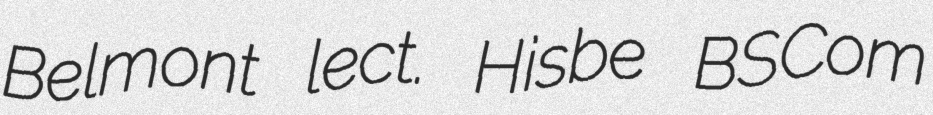
Belmont lect. Hisbe BSCom